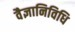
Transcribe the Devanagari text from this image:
वैज्ञानिविधि